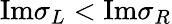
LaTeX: \mathrm{Im}\sigma_{L}<\mathrm{Im}\sigma_{R}